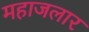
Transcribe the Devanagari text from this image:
महाजलार